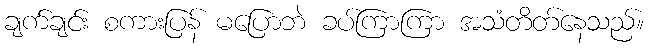
ချက်ချင်း စကားပြန် မပြောဘဲ ခပ်ကြာကြာ အသံတိတ်နေသည်။